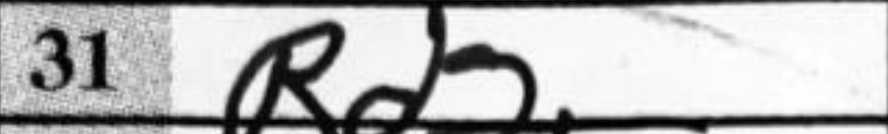
Transcription: Rd2